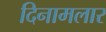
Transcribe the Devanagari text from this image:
दिनामलार